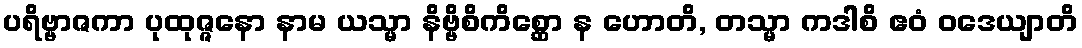
ပရိဗ္ဗာဇကာ ပုထုဇ္ဇနော နာမ ယသ္မာ နိဗ္ဗိစိကိစ္ဆော န ဟောတိ, တသ္မာ ကဒါစိ ဧဝံ ဝဒေယျာတိ